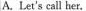
A.Let's call her.